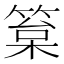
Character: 䈢